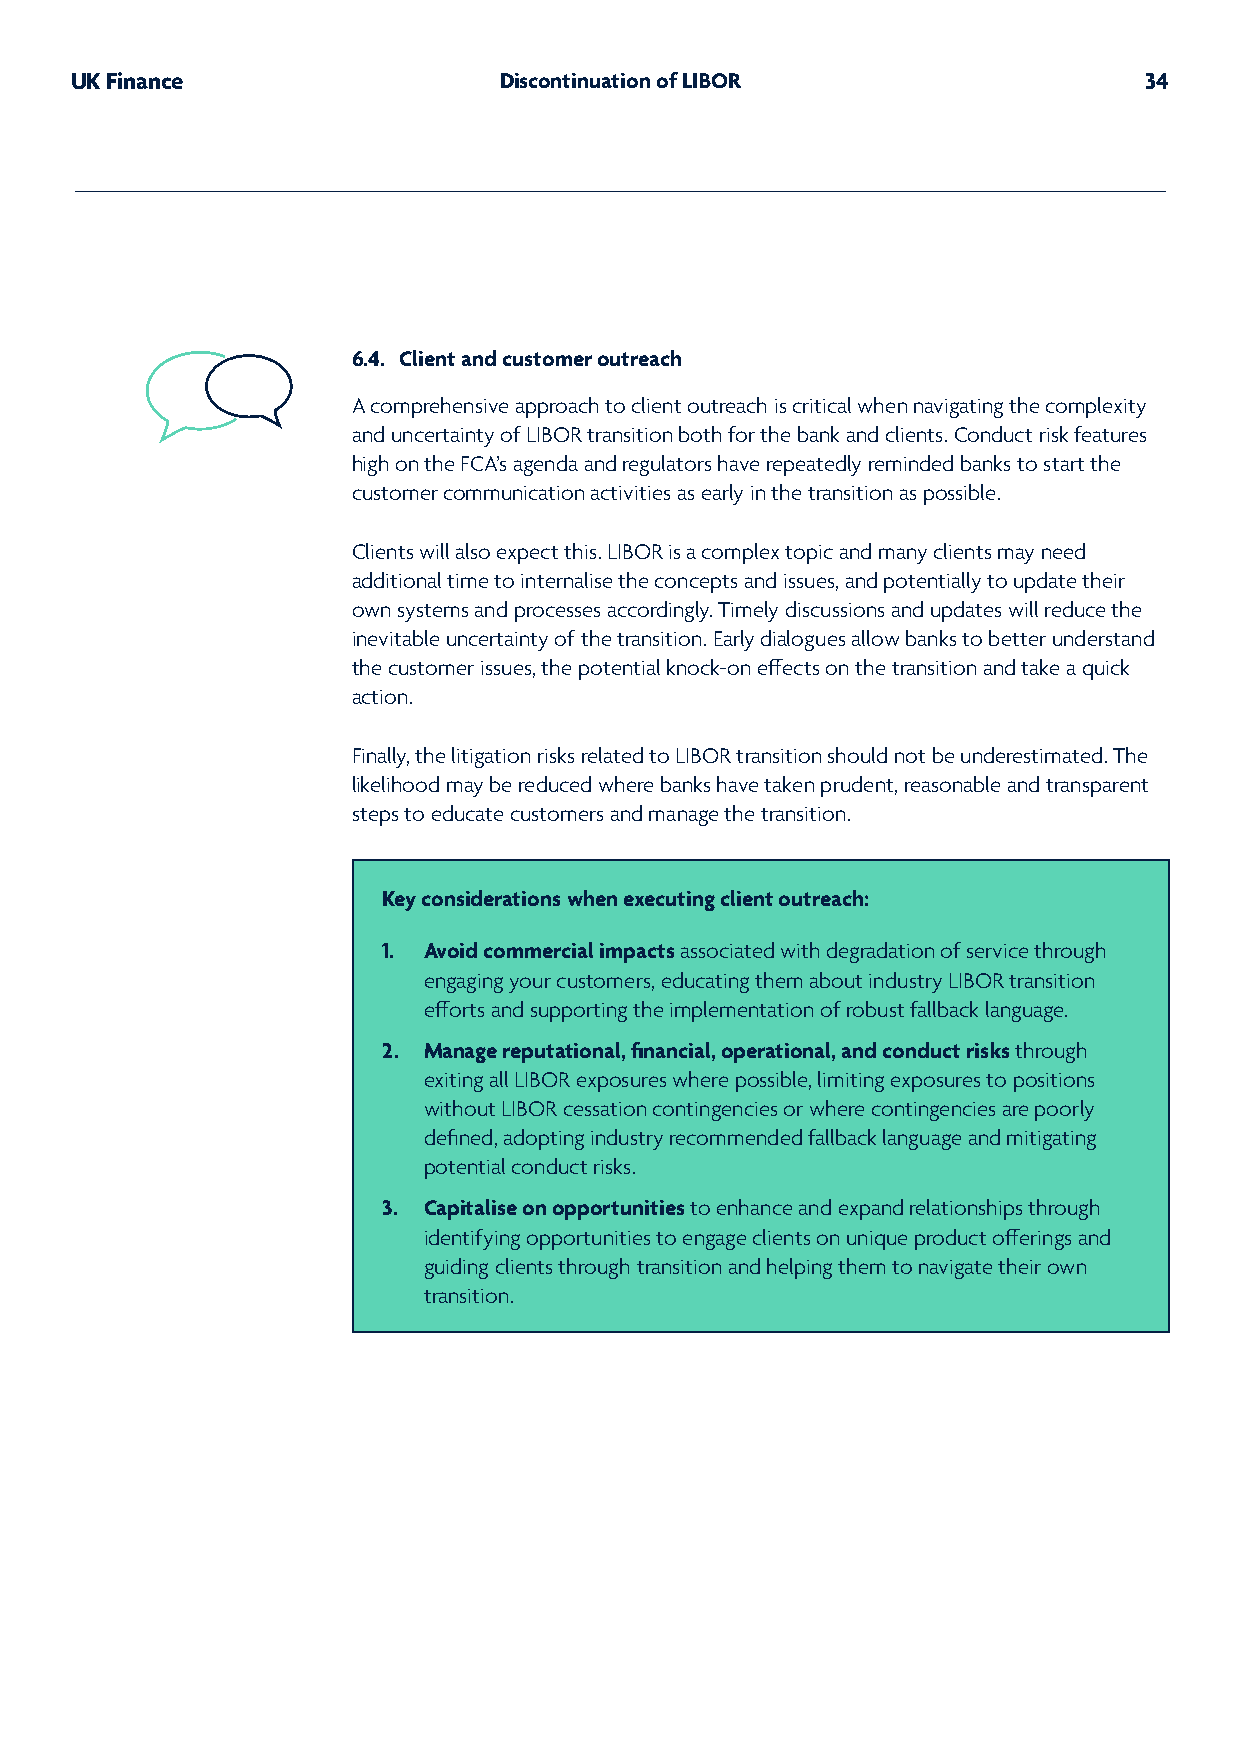
UK Finance                  Discontinuation of LIBOR                   34
 6.4. Client and customer outreach
 A comprehensive approach to client outreach is critical when navigating the complexity
 and uncertainty of LIBOR transition both for the bank and clients. Conduct risk features
 high on the FCA’s agenda and regulators have repeatedly reminded banks to start the
 customer communication activities as early in the transition as possible.
 Clients will also expect this. LIBOR is a complex topic and many clients may need
 additional time to internalise the concepts and issues, and potentially to update their
 own systems and processes accordingly. Timely discussions and updates will reduce the
 inevitable uncertainty of the transition. Early dialogues allow banks to better understand
 the customer issues, the potential knock-on effects on the transition and take a quick
 action.
 Finally, the litigation risks related to LIBOR transition should not be underestimated. The
 likelihood may be reduced where banks have taken prudent, reasonable and transparent
 steps to educate customers and manage the transition.
 Key considerations when executing client outreach:
 1. Avoid commercial impacts associated with degradation of service through
 engaging your customers, educating them about industry LIBOR transition
 efforts and supporting the implementation of robust fallback language.
 2. Manage reputational, financial, operational, and conduct risks through
 exiting all LIBOR exposures where possible, limiting exposures to positions
 without LIBOR cessation contingencies or where contingencies are poorly
 defined, adopting industry recommended fallback language and mitigating
 potential conduct risks.
 3. Capitalise on opportunities to enhance and expand relationships through
 identifying opportunities to engage clients on unique product offerings and
 guiding clients through transition and helping them to navigate their own
 transition.